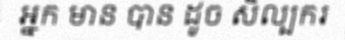
អ្នក មាន បាន ដូច សិល្បករ